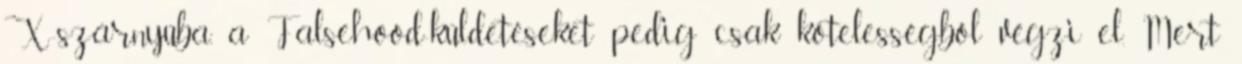
X-szárnyúba, a Falsehood-küldetéseket pedig csak kötelességből végzi el. Mert